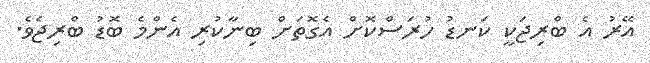
އޭރު އެ ބްރިޖަކީ ކަނޑު ހުރަސްކޮށް އެގޮތަށް ބިނާކުރި އެންމެ ބޮޑު ބްރިޖެވެ.